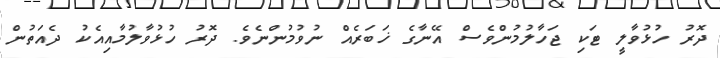
ދޮރު ހުޅުވާލީ ޓަކި ޖަހާލުމުންވެސް އޭނާގެ ޚަބަރެއް ނުވުމުންނެވެ. ދޮރު ހުޅުވާލުމާއިއެކު ދެއަތުން